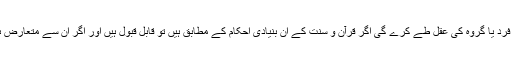
وہ تفصیلات جو کسی فرد یا گروہ کی عقل طے کرے گی اگر قرآن و سنت کے ان بنیادی احکام کے مطابق ہیں تو قابل قبول ہیں اور اگر ان سے متعارض ہیں تو ناقابل قبول ہیں۔